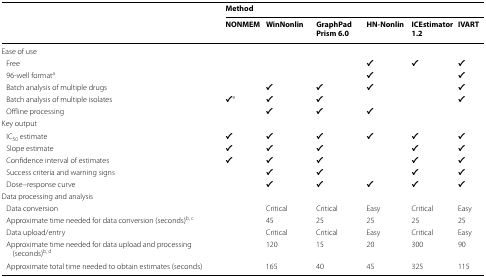
<table><thead><tr><td></td><td colspan="6"><b>Method</b></td></tr><tr><td></td><td><b>NONMEM</b></td><td><b>WinNonlin</b></td><td><b>GraphPad Prism 6.0</b></td><td><b>HN-Nonlin</b></td><td><b>ICEstimator 1.2</b></td><td><b>IVART</b></td></tr></thead><tbody><tr><td colspan="7">Ease of use</td></tr><tr><td> Free</td><td></td><td></td><td></td><td>✔</td><td>✔</td><td>✔</td></tr><tr><td> 96-well format<sup>a</sup></td><td></td><td></td><td></td><td>✔</td><td></td><td>✔</td></tr><tr><td> Batch analysis of multiple drugs</td><td></td><td>✔</td><td>✔</td><td>✔</td><td></td><td>✔</td></tr><tr><td> Batch analysis of multiple isolates</td><td>✔<sup>e</sup></td><td>✔</td><td>✔</td><td></td><td></td><td>✔</td></tr><tr><td> Offline processing</td><td></td><td>✔</td><td>✔</td><td>✔</td><td></td><td></td></tr><tr><td colspan="7">Key output</td></tr><tr><td> IC<sub>50</sub> estimate</td><td>✔</td><td>✔</td><td>✔</td><td>✔</td><td>✔</td><td>✔</td></tr><tr><td> Slope estimate</td><td>✔</td><td>✔</td><td>✔</td><td></td><td>✔</td><td>✔</td></tr><tr><td> Confidence interval of estimates</td><td>✔</td><td>✔</td><td>✔</td><td></td><td>✔</td><td>✔</td></tr><tr><td> Success criteria and warning signs</td><td></td><td>✔</td><td>✔</td><td></td><td>✔</td><td>✔</td></tr><tr><td> Dose–response curve</td><td></td><td>✔</td><td>✔</td><td>✔</td><td>✔</td><td>✔</td></tr><tr><td colspan="7">Data processing and analysis</td></tr><tr><td> Data conversion</td><td></td><td>Critical</td><td>Critical</td><td>Easy</td><td>Critical</td><td>Easy</td></tr><tr><td> Approximate time needed for data conversion (seconds)<sup>b, c</sup></td><td></td><td>45</td><td>25</td><td>25</td><td>25</td><td>25</td></tr><tr><td> Data upload/entry</td><td></td><td>Critical</td><td>Critical</td><td>Easy</td><td>Critical</td><td>Easy</td></tr><tr><td> Approximate time needed for data upload and processing (seconds)<sup>b, d</sup></td><td></td><td>120</td><td>15</td><td>20</td><td>300</td><td>90</td></tr><tr><td> Approximate total time needed to obtain estimates (seconds)</td><td></td><td>165</td><td>40</td><td>45</td><td>325</td><td>115</td></tr></tbody></table>